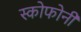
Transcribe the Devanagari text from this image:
स्कोफोनी